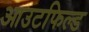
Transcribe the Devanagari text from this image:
आउटफिल्ड